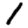
Digit: 1